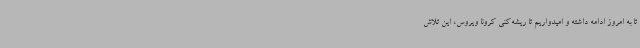
تا به امروز ادامه داشته و امیدواریم تا ریشه‌کنی کرونا ویروس، این تلاش